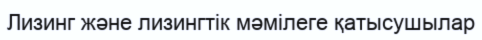
Лизинг және лизингтік мәмілеге қатысушылар